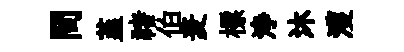
問堇禇伯麦標浄沐濩